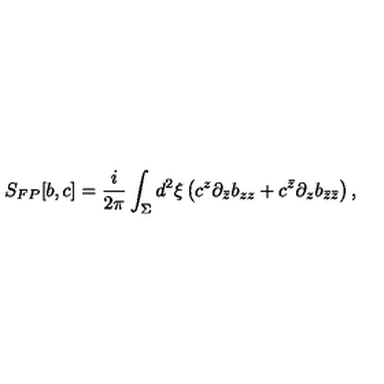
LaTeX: S _ { F P } [ b , c ] = \frac { i } { 2 \pi } \int _ { \Sigma } d ^ { 2 } \xi \left( c ^ { z } \partial _ { \bar { z } } b _ { z z } + c ^ { \bar { z } } \partial _ { z } b _ { \bar { z } \bar { z } } \right) ,